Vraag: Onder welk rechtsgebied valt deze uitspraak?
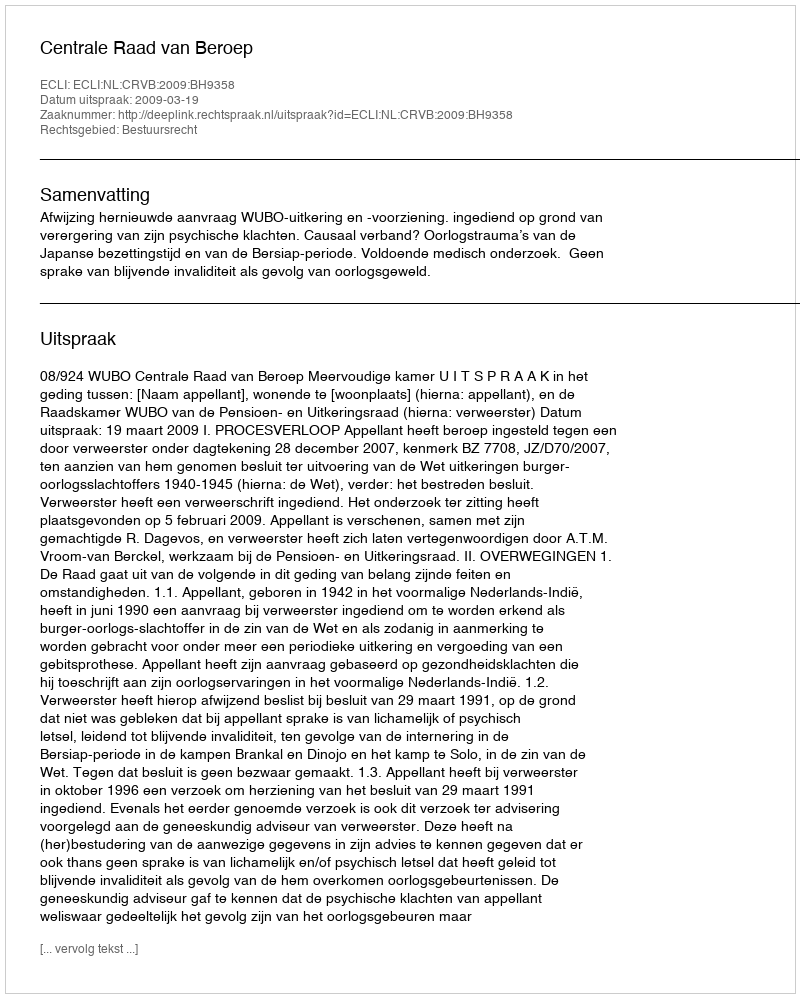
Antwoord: Bestuursrecht